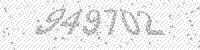
Solution: 949702